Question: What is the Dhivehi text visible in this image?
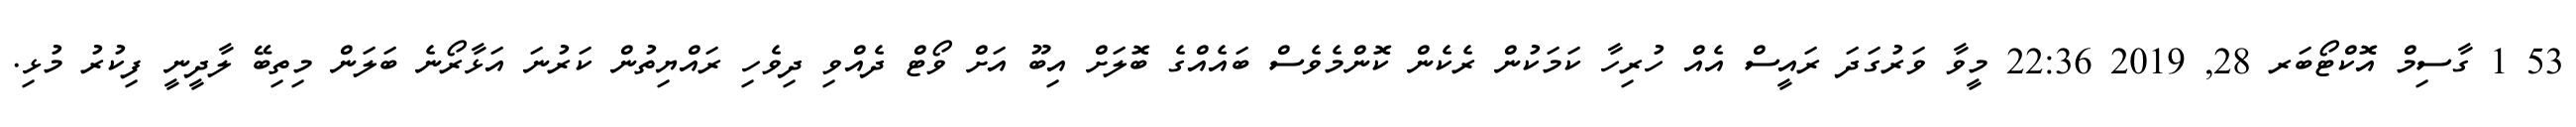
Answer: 53 1 ގާސިމް އޮކްޓޯބަރ 28, 2019 22:36 މީވާ ވަރުގަދަ ރައީސް އެއް ހުރިހާ ކަމަކުން ރެކެން ކޮންމެވެސް ބައެއްގެ ބޮލަށް އިބޫ އަށް ވޯޓް ދެއްވި ދިވެހި ރައްޔިތުން ކަރުނަ އަޅާރޯނެ ބަލަން މިތިބޭ ލާދީނީ ފިކުރު މުޅި.